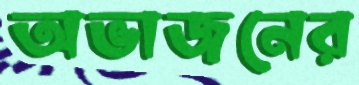
অভাজনের